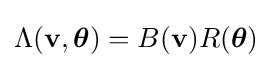
\Lambda (\mathbf {v} ,{\boldsymbol {\theta }})=B(\mathbf {v} )R({\boldsymbol {\theta }})